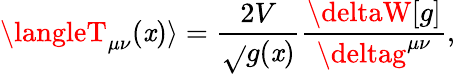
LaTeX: \langleT_{\mu\nu}(\mathit{x})\rangle=\frac{{2V}}{{\sqrt{}{{g(\mathit{x})}}}}\frac{{\deltaW[g]}}{{\deltag^{\mu\nu}}},